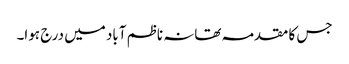
جس کا مقدمہ تھانہ ناظم آباد میں درج ہوا۔